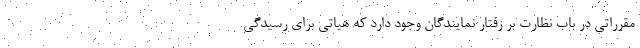
مقرراتی در باب نظارت بر رفتار نمایندگان وجود دارد که هیاتی برای رسیدگی